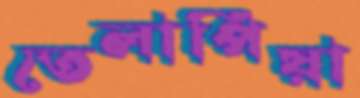
তেলাপিয়া